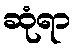
ဆုံရာ